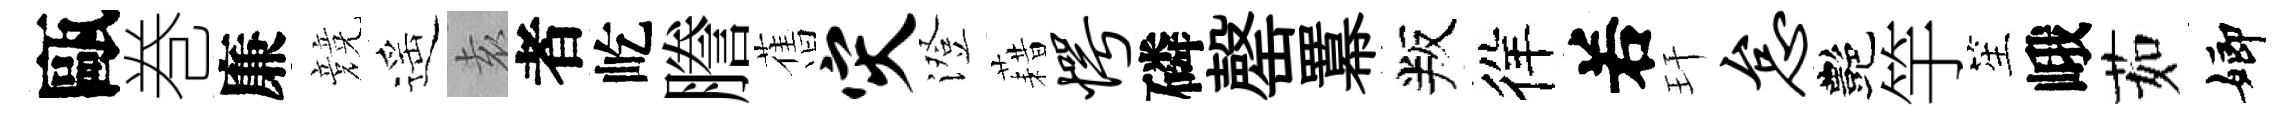
甌巻廉競遥𡊮者屹謄𦾔灾澄藉愕磷罄羃叛徉𠰥玕怠艷竽笙峨茹嫏